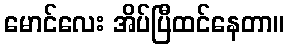
မောင်လေး အိပ်ပြီထင်နေတာ။